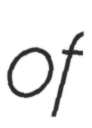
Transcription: of